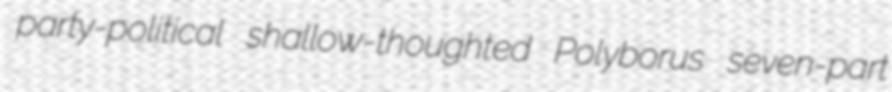
party-political shallow-thoughted Polyborus seven-part